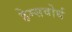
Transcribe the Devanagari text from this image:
हेम्सवोर्थ